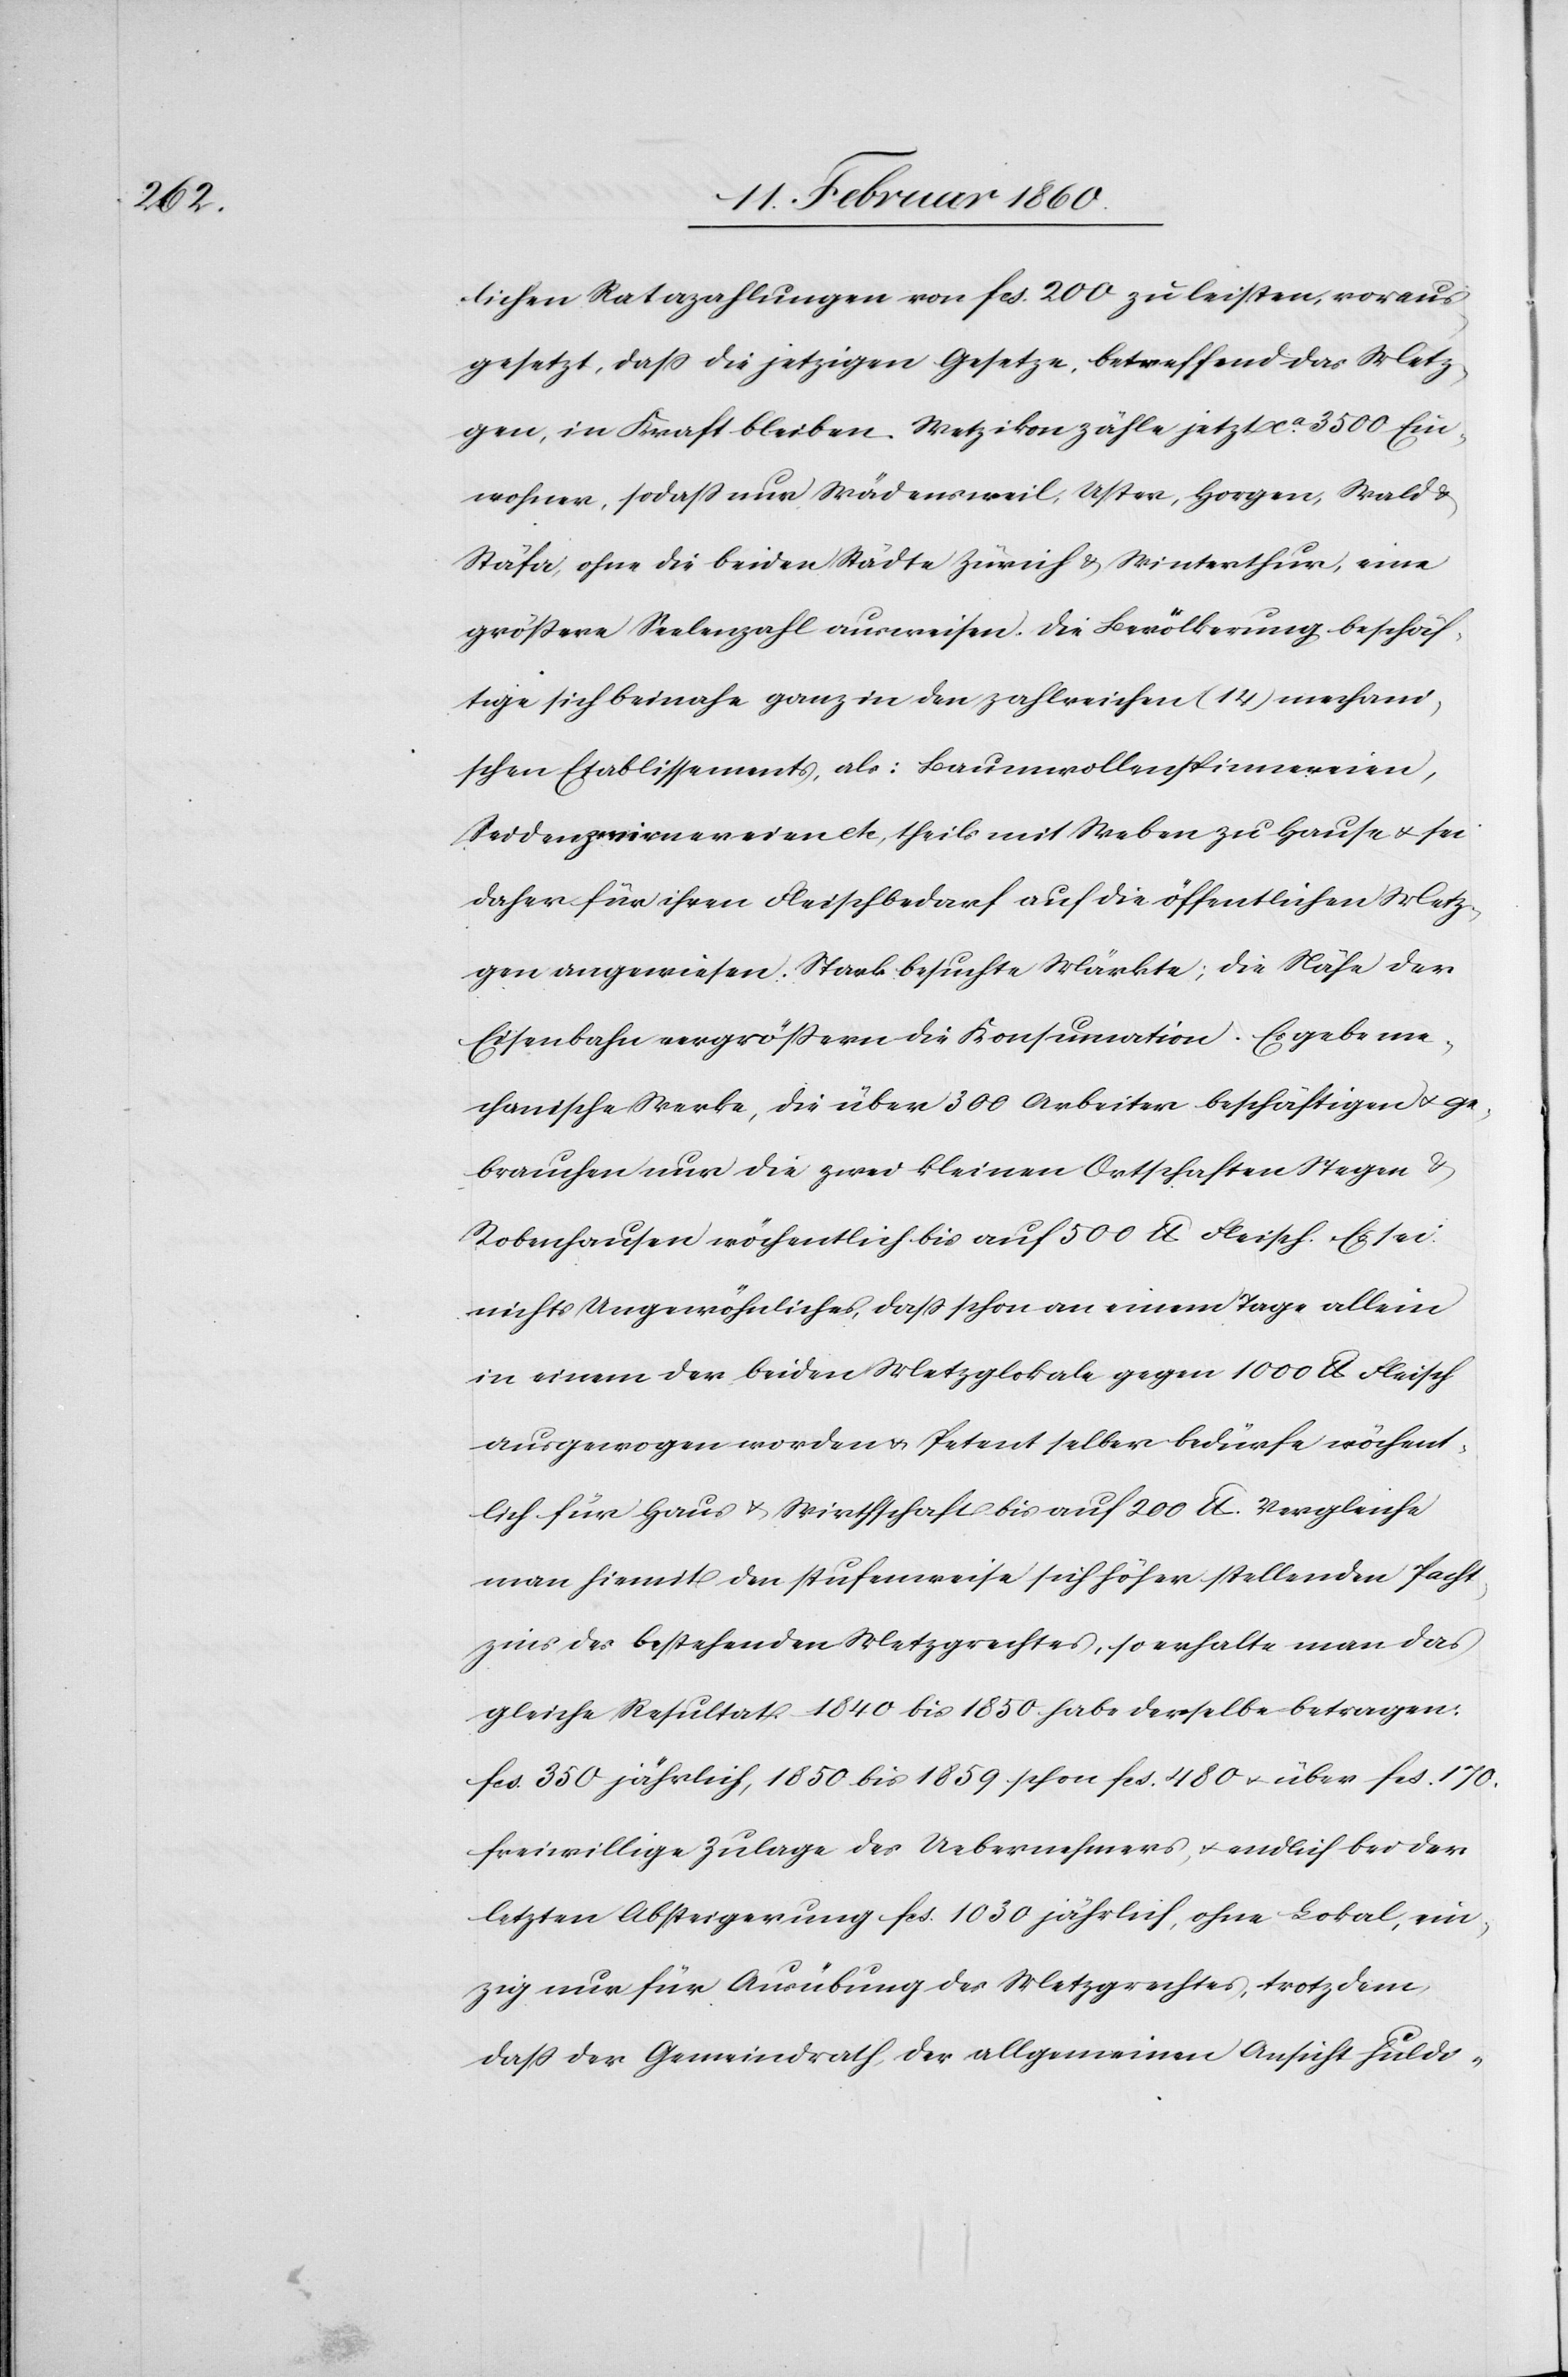
lichen Ratazahlungen von fcs. 200. zu leisten, voraus¬
gesetzt, dass die jetzigen Gesetze, betreffend das Metz¬
gen, in Kraft bleiben. Wetzikon zähle jetzt ca 3500. Ein¬
wohner, so dass nur Wädensweil, Uster, Horgen, Wald
Stäfa, ohne die beiden Städte Zürich u. Winterthur, eine
grössere Seelenzahl ausweisen. Die Bevölkerung beschäf¬
tige sich beinahe ganz in den zahlreichen [14] mechani¬
schen Etablissements, als: Baumwollenspinnereien,
Seidenzwirnereien etc. theils mit Weben zu Hause u. sei
daher für ihren Fleischbedarf auf die öffentlichen Metz¬
gen angewiesen. Stark besuchte Märkte, die Nähe der
Eisenbahn vergrössern die Konsumation. Es gebe me¬
chanische Werke, die über 300 Arbeiter beschäftigen u. ge¬
brauchen nur die zwei kleinen Ortschaften Stegen u.
Robenhausen wöchentlich bis auf 500 lb. Fleisch. Es sei
nichts Ungewöhnliches, dass schon an einem Tage allein
in einem der beiden Metzglokale gegen 1000 lb. Fleisch
ausgewogen worden u. Petent selber bedürfe wöchent¬
lich für Haus u. Wirthschaft bis auf 200 Lb. Vergleiche
man hiemit den stufenweise sich höher stellenden Pacht¬
zins des bestehenden Metzgrechtes, so erhalte man das
gleiche Resultat. 1840 bis 1850 habe derselbe betragen:
fcs. 350. jährlich, 1850 bis 1859 schon fcs. 480 u. über fcs. 170.
freiwillige Zulage des Uebernehmers u. endlich bei der
letzten Absteigerung fcs. 1030. jährlich, ohne Lokal, ein¬
zig nur für Ausübung des Metzgrechtes, trotzdem,
dass der Gemeindrath der allgemeinen Ansicht huldi-